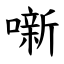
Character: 噺